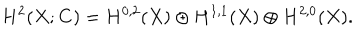
LaTeX: H ^ { 2 } ( X ; { \bf C } ) = H ^ { 0 , 2 } ( X ) \oplus H ^ { 1 , 1 } ( X ) \oplus H ^ { 2 , 0 } ( X ) .